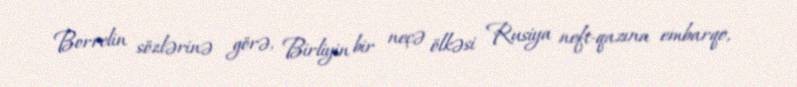
Borrelin sözlərinə görə, Birliyin bir neçə ölkəsi Rusiya neft-qazına embarqo,